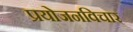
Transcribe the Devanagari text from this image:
प्रयोजनविचार